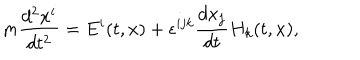
m \frac { d ^ { 2 } x ^ { i } } { d t ^ { 2 } } = E ^ { i } ( t , x ) + \epsilon ^ { i j k } \frac { d x _ { j } } { d t } H _ { k } ( t , x ) ,